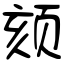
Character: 颏